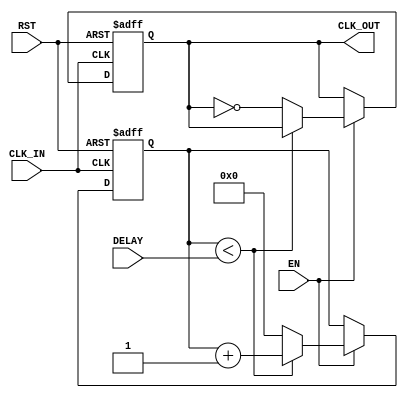
module delay_clock_buffer (
    input wire CLK_IN,         // Input clock signal
    input wire EN,            // Enable signal
    input wire RST,           // Asynchronous reset signal
    input wire [3:0] DELAY,   // Delay control (4-bit for delay adjustment)
    output reg CLK_OUT        // Delayed output clock signal
);

    // Local variable to hold the delayed clock signal
    reg [3:0] counter;  // Counter to implement the delay

    // Reset and delay control logic
    always @(posedge CLK_IN or posedge RST) begin
        if (RST) begin
            CLK_OUT <= 1'b0; // Reset output clock to low
            counter <= 4'b0;  // Reset counter
        end else if (EN) begin
            // Count until delay is reached
            if (counter < DELAY) begin
                counter <= counter + 1;  // Increment the counter
            end else begin
                CLK_OUT <= ~CLK_OUT; // Toggle the output clock
                counter <= 4'b0;      // Reset counter after toggling
            end
        end
    end

endmodule